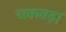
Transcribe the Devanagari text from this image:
चकवड़।